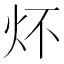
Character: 炋